Civil Veterinary Department Bengal reports 1923-33 - 1923-1933
Year: 1923
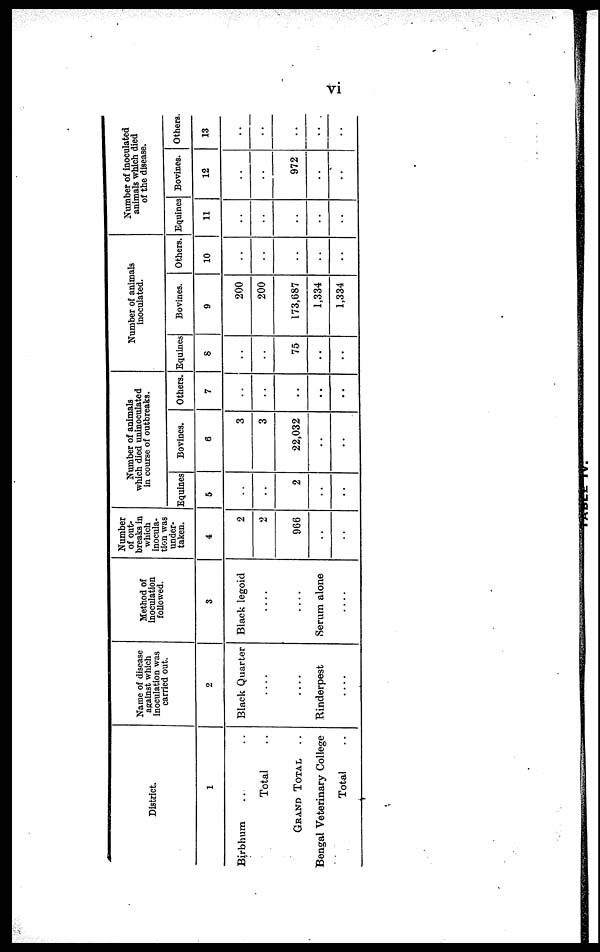
vi
District.
1
Birbhum .. ..
Total ..
GRAND TOTAL ..
Bengal Veterinary College
Total ..
Name of disease
against which
inoculation was
carried out.
2
Black Quarter
....
....
Rinderpest
....
Method of
inoculation
followed.
3
Black legoid
....
....
Serum alone
....
Number
of out-
breaks in
which
inocula-
under-
taken.
4
2
2
966
..
..
Number of animals
which died uninoculated
in course of outbreaks.
Equines
5
..
..
2
..
..
Bovines.
6
3
3
22,032
..
..
Others.
7
..
..
..
..
..
Number of animals
inoculated.
Equines
8
..
..
75
..
..
Bovines.
9
200
200
173,687
1,334
1,334
Others.
10
..
..
..
..
..
Number of inoculated
animals which died
of the disease.
Equines
11
..
..
..
..
..
Bovines.
12
..
..
972
..
..
Others.
13
..
..
..
..
..